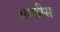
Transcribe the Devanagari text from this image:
आफीस